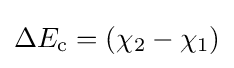
\Delta E_{\rm {c}}=(\chi _{2}-\chi _{1})